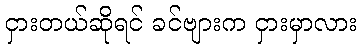
ငှားတယ်ဆိုရင် ခင်ဗျားက ငှားမှာလား